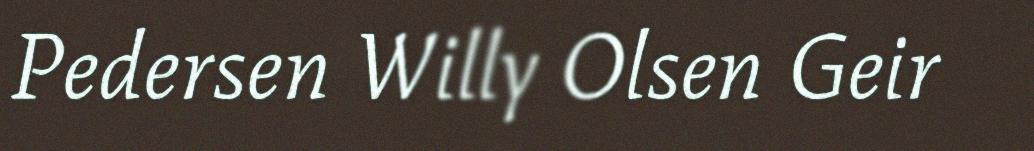
Pedersen Willy Olsen Geir